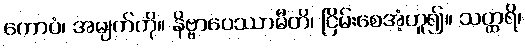
ကောပံ၊ အမျက်ကို။ နိဗ္ဗာပေဿာမီတိ၊ ငြိမ်းစေအံ့ဟူ၍။ သတ္ထရိ၊